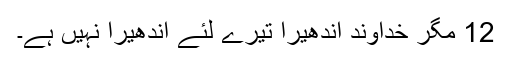
12 مگر خداوند اندھیرا تیرے لئے اندھیرا نہیں ہے۔